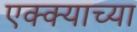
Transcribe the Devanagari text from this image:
एक्क्याच्या